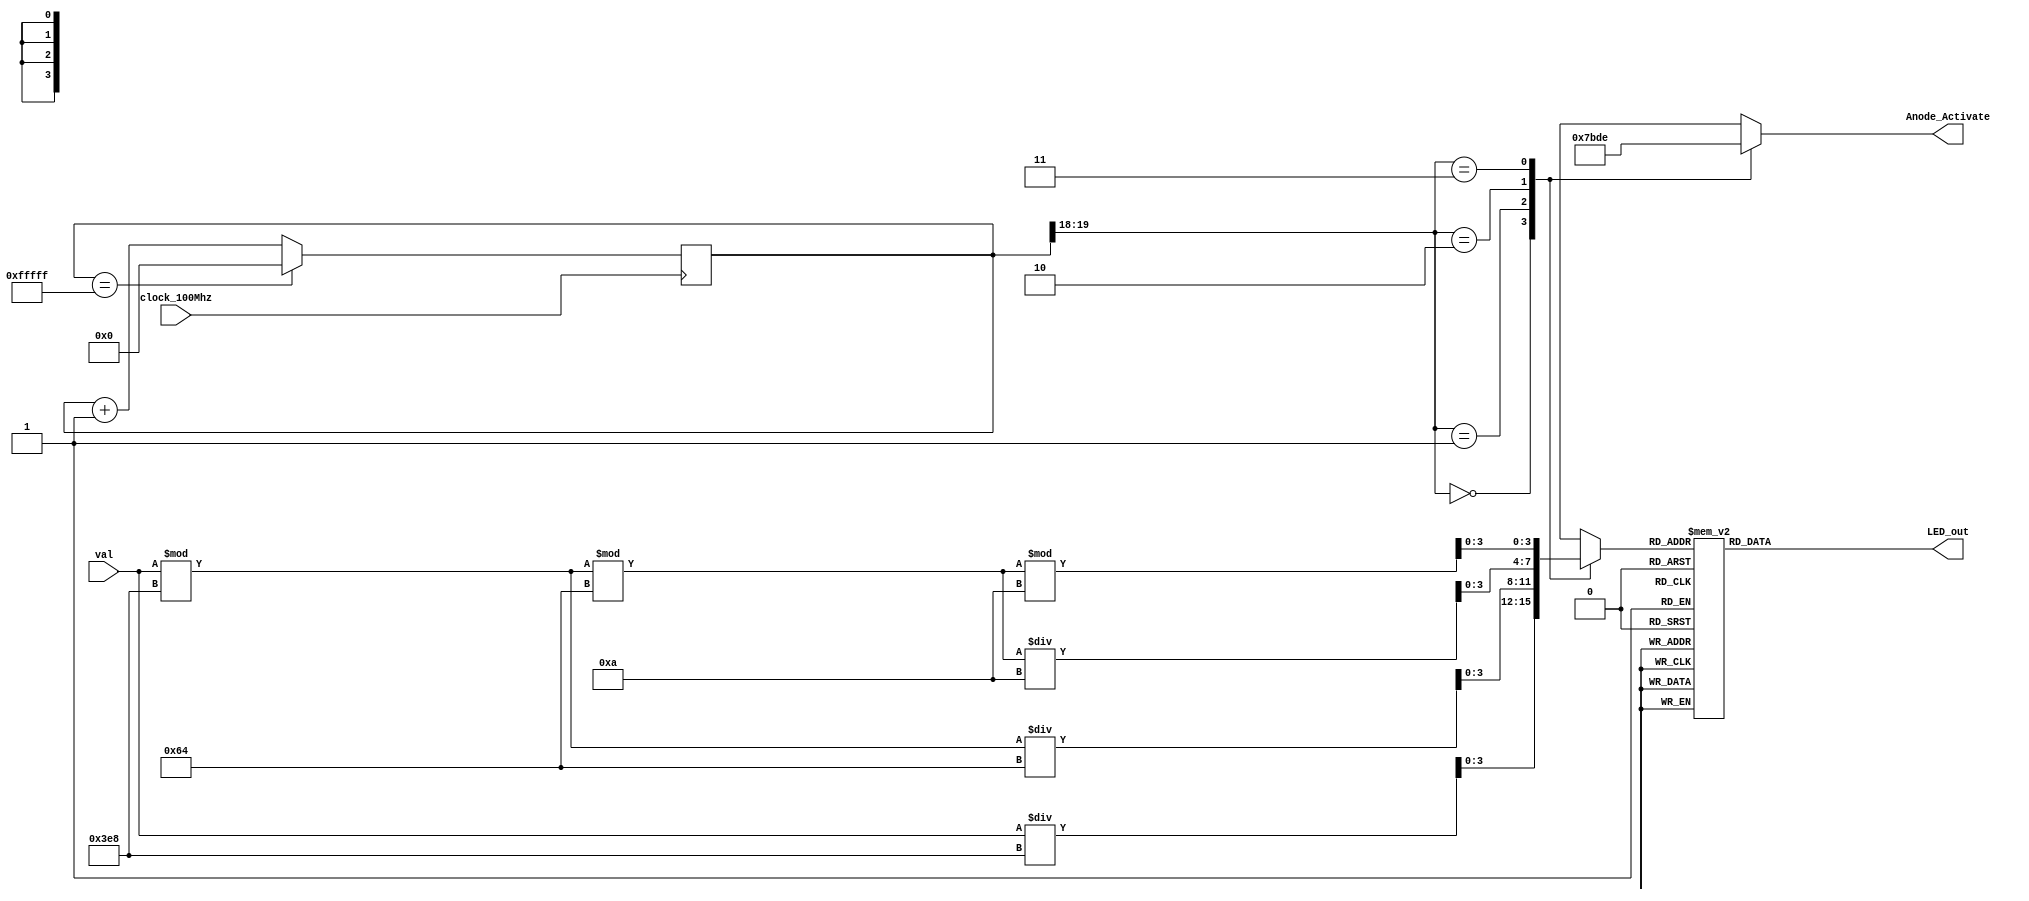
`timescale 1ns / 1ps
//////////////////////////////////////////////////////////////////////////////////
// Company: 
// Engineer: 
// 
// Design Name: 
// Module Name: bin2seg
// Project Name: 
// Target Devices: 
// Tool Versions: 
// Description: 
// 
// Dependencies: 
// 
// Revision:
// Revision 0.01 - File Created
// Additional Comments:
// 
//////////////////////////////////////////////////////////////////////////////////


module bin2seg(
    input clock_100Mhz, // 100 Mhz clock source on Basys 3 FPGA
    input [11:0]val,
    //input reset, // reset
     // anode signals of the 7-segment LED display
    output reg [6:0] LED_out,// cathode 
    output reg [3:0] Anode_Activate
    );
       reg [23:0] one_second_counter; // counter for generating 1 second clock enable
    wire one_second_enable;// one second enable for counting numbers
    //reg [15:0] displayed_number; // counting number to be displayed
    reg [3:0] LED_BCD;
    reg [19:0] refresh_counter; // 20-bit for creating 10.5ms refresh period or 380Hz refresh rate
             // the first 2 MSB bits for creating 4 LED-activating signals with 2.6ms digit period
    wire [1:0] LED_activating_counter; 
                 // count     0    ->  1  ->  2  ->  3
              // activates    LED1    LED2   LED3   LED4
             // and repeat
    initial begin
    one_second_counter = 0;
    end
    
    always @(posedge clock_100Mhz )//or posedge reset)
    begin
//        if(reset==1)
//            one_second_counter <= 0;
        
            if(one_second_counter>=99999999/8) 
                 one_second_counter <= 0;
            else
                one_second_counter <= one_second_counter + 1;
       
    end 
    
    assign one_second_enable = (one_second_counter==99999999/8)?1:0;
//    always @(posedge clock_100Mhz)// or posedge reset)
//    begin
//        if(reset==1)
//            displayed_number <= 0;
//        else if(one_second_enable==1)
//            displayed_number <= displayed_number + 1;
//    end
    always @(posedge clock_100Mhz)// or posedge reset)
    begin 
       if(refresh_counter==20'hfffff)
            refresh_counter<=0;
       else
            refresh_counter <= refresh_counter + 1;
    end 
    assign LED_activating_counter = refresh_counter[19:18];
    // anode activating signals for 4 LEDs, digit period of 2.6ms
    // decoder to generate anode signals 
    always @(*)
    begin
        case(LED_activating_counter)
        2'b00: begin
            Anode_Activate = 4'b0111; 
            // activate LED1 and Deactivate LED2, LED3, LED4
            LED_BCD = val/1000;
            // the first digit of the 16-bit number
              end
        2'b01: begin
            Anode_Activate = 4'b1011; 
            // activate LED2 and Deactivate LED1, LED3, LED4
            LED_BCD = (val % 1000)/100;
            // the second digit of the 16-bit number
              end
        2'b10: begin
            Anode_Activate = 4'b1101; 
            // activate LED3 and Deactivate LED2, LED1, LED4
            LED_BCD = ((val % 1000)%100)/10;
            // the third digit of the 16-bit number
                end
        2'b11: begin
            Anode_Activate = 4'b1110; 
            // activate LED4 and Deactivate LED2, LED3, LED1
            LED_BCD = ((val % 1000)%100)%10;
            // the fourth digit of the 16-bit number    
               end
        endcase
    end
    // Cathode patterns of the 7-segment LED display 
    always @(*)
    begin
        case(LED_BCD)
        4'b0000: LED_out = 7'b0000001; // "0"     
        4'b0001: LED_out = 7'b1001111; // "1" 
        4'b0010: LED_out = 7'b0010010; // "2" 
        4'b0011: LED_out = 7'b0000110; // "3" 
        4'b0100: LED_out = 7'b1001100; // "4" 
        4'b0101: LED_out = 7'b0100100; // "5" 
        4'b0110: LED_out = 7'b0100000; // "6" 
        4'b0111: LED_out = 7'b0001111; // "7" 
        4'b1000: LED_out = 7'b0000000; // "8"     
        4'b1001: LED_out = 7'b0000100; // "9" 
        default: LED_out = 7'b0000001; // "0"
        endcase
    end
    
endmodule